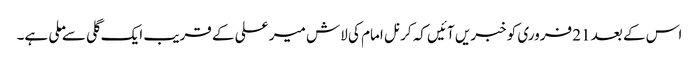
اس کے بعد 21 فروری کو خبریں آئیں کہ کرنل امام کی لاش میر علی کے قریب ایک گلی سے ملی ہے۔